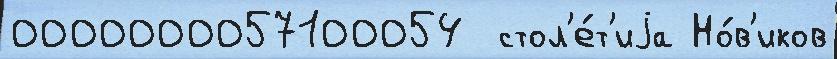
0000000057100054  стол'е́т'иjа Но́в'иков